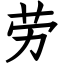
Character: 劳